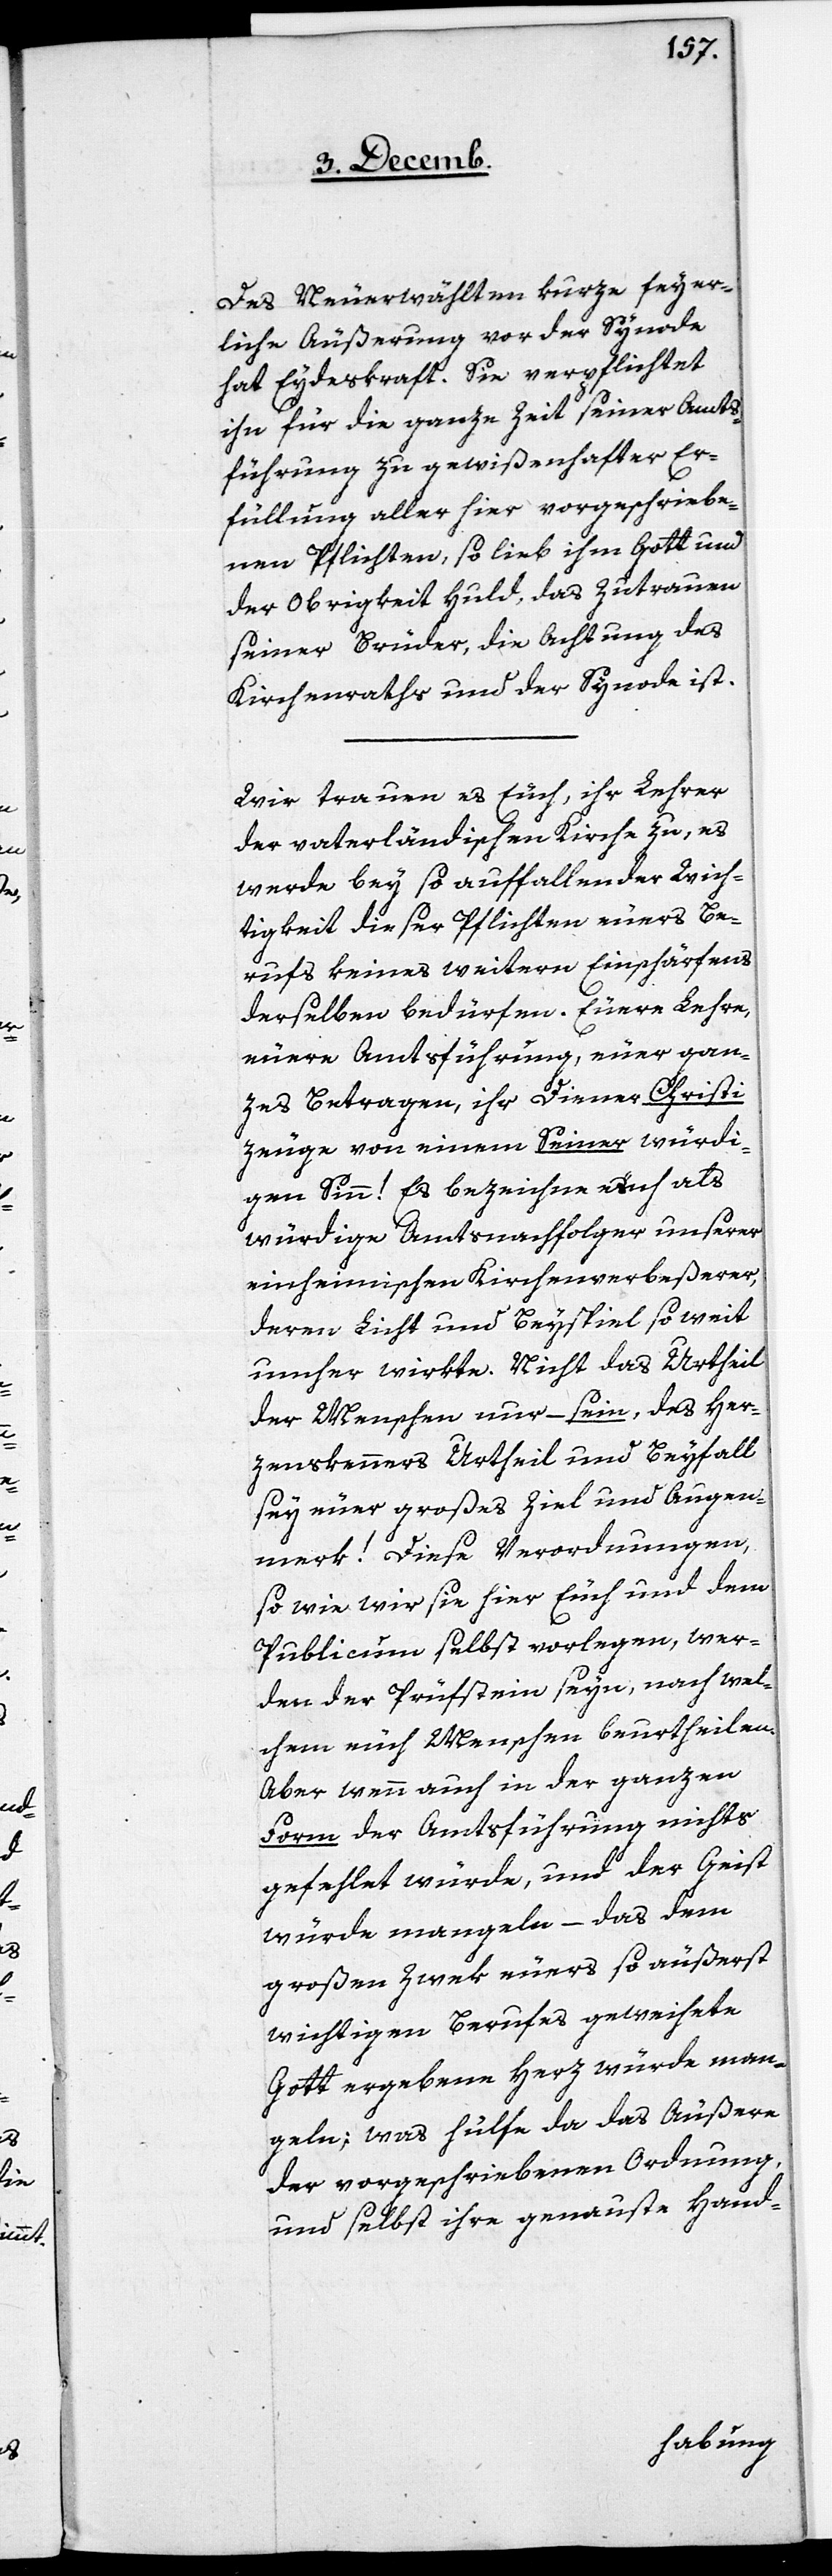
Des Neuerwählten kurze feyer¬
liche Äußerung vor der Synode
hat Eydeskraft. Sie verpflichtet
ihn für die ganze Zeit seiner Amts¬
führung zu gewißenhafter Er¬
füllung aller hier vorgeschriebe¬
nen Pflichten, so lieb ihm Gott und
der Obrigkeit Huld, das Zutrauen
seiner Brüder, die Achtung des
Kirchenraths und der Synode ist.
Wir trauen es Euch, ihr Lehrer
der vaterländischen Kirche zu, es
werde bey so auffallender Wich¬
tigkeit dieser Pflichten euers Be¬
rufs keines weitern Einschärfens
derselben bedürfen. Euere Lehre,
euere Amtsführung, euer gan¬
zes Betragen, ihr Diener Christi
zeuge von einem Seiner würdi¬
gen Sinn! Es bezeichne euch als
würdige Amtsnachfolger unserer
einheimischen Kirchenverbeßerer,
deren Licht und Beyspiel so weit
umher wirkte. Nicht das Urtheil
der Menschen nur – sein, des Her¬
zenskenners Urtheil und Beyfall
sey euer großes Ziel und Augen¬
merk! Diese Verordnungen,
so wie wir sie hier Euch und dem
Publicum selbst vorlegen, wer¬
den der Prüfstein seyn, nach wel¬
chem euch Menschen beurtheilen.
Aber wenn auch in der ganzen
Form der Amtsführung nichts
gefehlet würde, und der Geist
würde mangeln – das dem
großen Zwek euers so äußerst
wichtigen Berufes geweihete
Gott ergebene Herz würde man¬
geln; was hülfe da das Äußere
der vorgeschriebenen Ordnung,
und selbst ihre genaueste Hand-